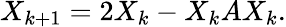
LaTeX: X_{k+1}=2X_{k}-X_{k}AX_{k}.